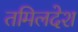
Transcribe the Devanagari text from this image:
तमिलदेश